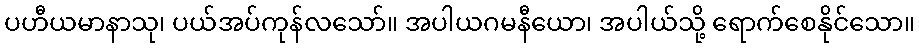
ပဟီယမာနာသု၊ ပယ်အပ်ကုန်လသော်။ အပါယဂမနီယော၊ အပါယ်သို့ ရောက်စေနိုင်သော။